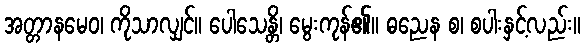
အတ္တာနမေဝ၊ ကိုသာလျှင်။ ပေါသေန္တိ၊ မွေးကုန်၏။ ဓညေန စ၊ စပါးနှင့်လည်း။